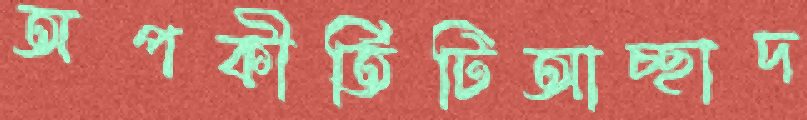
অপকীর্তিটিআচ্ছাদ